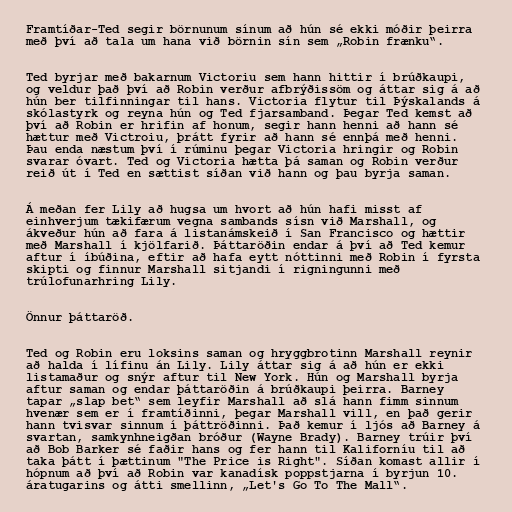
Framtíðar-Ted segir börnunum sínum að hún sé ekki móðir þeirra
með því að tala um hana við börnin sín sem „Robin frænku“.

Ted byrjar með bakarnum Victoriu sem hann hittir í brúðkaupi,
og veldur það því að Robin verður afbrýðissöm og áttar sig á að
hún ber tilfinningar til hans. Victoria flytur til Þýskalands á
skólastyrk og reyna hún og Ted fjarsamband. Þegar Ted kemst að
því að Robin er hrifin af honum, segir hann henni að hann sé
hættur með Victroiu, þrátt fyrir að hann sé ennþá með henni.
Þau enda næstum því í rúminu þegar Victoria hringir og Robin
svarar óvart. Ted og Victoria hætta þá saman og Robin verður
reið út í Ted en sættist síðan við hann og þau byrja saman.

Á meðan fer Lily að hugsa um hvort að hún hafi misst af
einhverjum tækifærum vegna sambands sísn við Marshall, og
ákveður hún að fara á listanámskeið í San Francisco og hættir
með Marshall í kjölfarið. Þáttaröðin endar á því að Ted kemur
aftur í íbúðina, eftir að hafa eytt nóttinni með Robin í fyrsta
skipti og finnur Marshall sitjandi í rigningunni með
trúlofunarhring Lily.

Önnur þáttaröð.

Ted og Robin eru loksins saman og hryggbrotinn Marshall reynir
að halda í lífinu án Lily. Lily áttar sig á að hún er ekki
listamaður og snýr aftur til New York. Hún og Marshall byrja
aftur saman og endar þáttaröðin á brúðkaupi þeirra. Barney
tapar „slap bet“ sem leyfir Marshall að slá hann fimm sinnum
hvenær sem er í framtíðinni, þegar Marshall vill, en það gerir
hann tvisvar sinnum í þáttröðinni. Það kemur í ljós að Barney á
svartan, samkynhneigðan bróður (Wayne Brady). Barney trúir því
að Bob Barker sé faðir hans og fer hann til Kaliforníu til að
taka þátt í þættinum "The Price is Right". Síðan komast allir í
hópnum að því að Robin var kanadísk poppstjarna í byrjun 10.
áratugarins og átti smellinn, „Let's Go To The Mall“.